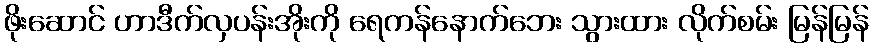
ဖိုးဆောင် ဟာဒီက်လှပန်းအိုးကို ရေကန်နောက်ဘေး သွားထား လိုက်စမ်း မြန်မြန်